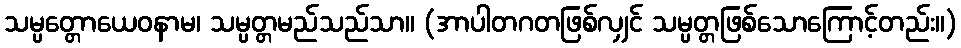
သမ္ပတ္တောယေဝနာမ၊ သမ္ပတ္တမည်သည်သာ။ (အာပါတဂတဖြစ်လျှင် သမ္ပတ္တဖြစ်သောကြောင့်တည်း။)